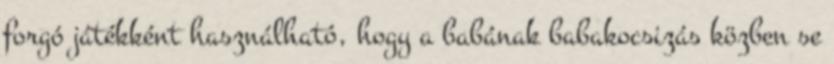
forgó játékként használható, hogy a babának babakocsizás közben se